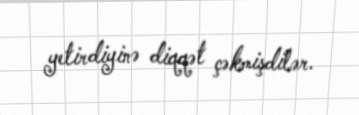
yetirdiyinə diqqət çəkmişdilər.